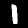
Label: 1